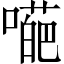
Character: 𡀥